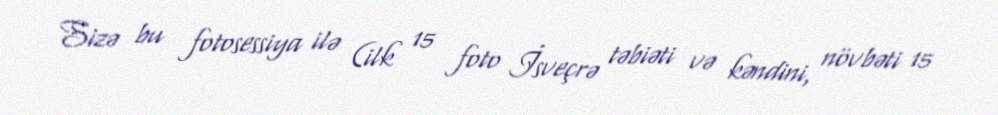
Sizə bu fotosessiya ilə (ilk 15 foto İsveçrə təbiəti və kəndini, növbəti 15